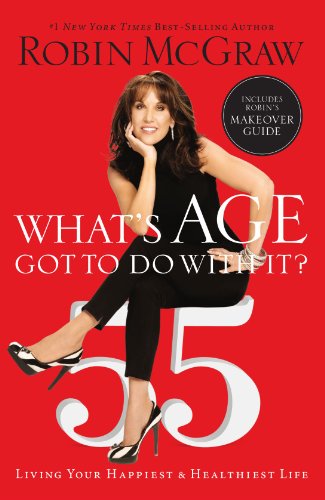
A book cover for What's Age Got to Do with It?: Living Your Happiest and Healthiest Life; Robin McGraw; Health, Fitness & Dieting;